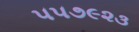
૫૫૭૯૨૩